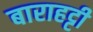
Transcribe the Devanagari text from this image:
बाराहट्टी